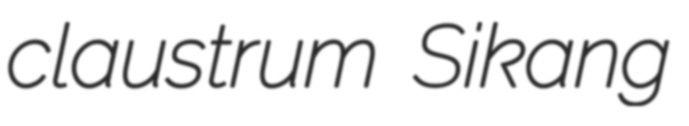
claustrum Sikang